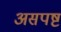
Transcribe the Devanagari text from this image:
असपष्ट